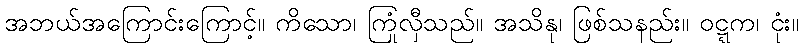
အဘယ်အကြောင်းကြောင့်။ ကိသော၊ ကြုံလှီသည်။ အသိနု၊ ဖြစ်သနည်း။ ဝဋ္ဋက၊ ငုံး။